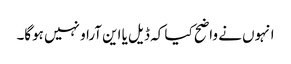
انہوں نے واضح کیا کہ ڈیل یا این آراو نہیں ہوگا۔